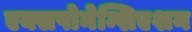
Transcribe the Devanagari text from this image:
एक्सपोनेन्शिएशन